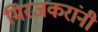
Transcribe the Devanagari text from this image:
मिरजकरांनी